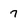
Character: 7